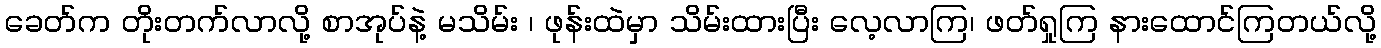
ခေတ်က တိုးတက်လာလို့ စာအုပ်နဲ့ မသိမ်း ၊ ဖုန်းထဲမှာ သိမ်းထားပြီး လေ့လာကြ၊ ဖတ်ရှုကြ နားထောင်ကြတယ်လို့